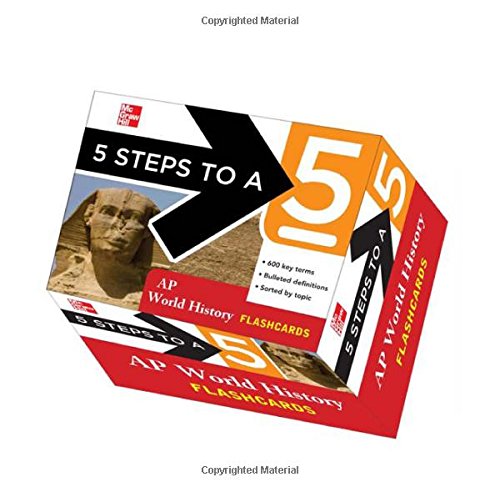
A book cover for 5 Steps to a 5 AP World History Flashcards (5 Steps to a 5 on the Advanced Placement Examinations Series); Peggy Martin; Test Preparation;